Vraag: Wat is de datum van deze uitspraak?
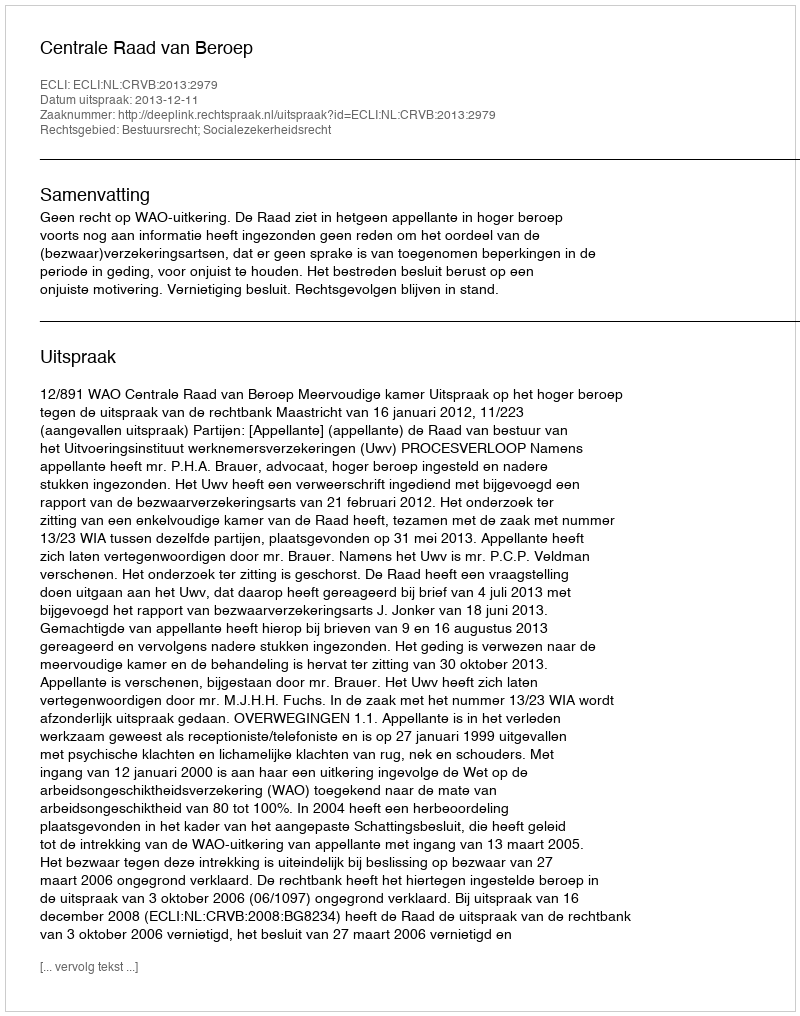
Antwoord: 2013-12-11